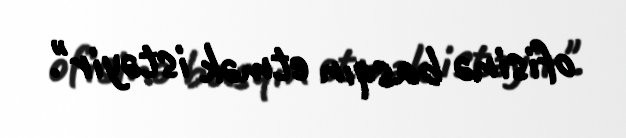
ofisinə basqın etmək istəyir".